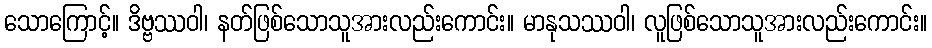
သောကြောင့်။ ဒိဗ္ဗဿဝါ၊ နတ်ဖြစ်သောသူအားလည်းကောင်း။ မာနုသဿဝါ၊ လူဖြစ်သောသူအားလည်းကောင်း။